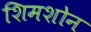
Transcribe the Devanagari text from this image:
शिमशोन